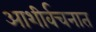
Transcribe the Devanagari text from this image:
आशीर्वचनात